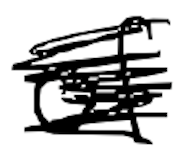
Text: of
Cross-out: scratch
Writing tool: digital_black